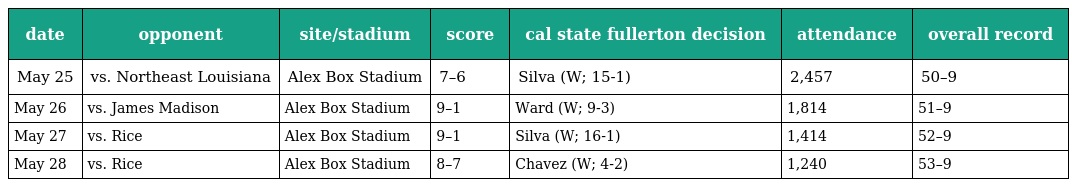
| date | opponent | site/stadium | score | cal state fullerton decision | attendance | overall record |
 | --- | --- | --- | --- | --- | --- | --- |
 | May 25 | vs. Northeast Louisiana | Alex Box Stadium | 7–6 | Silva (W; 15-1) | 2,457 | 50–9 |
 | May 26 | vs. James Madison | Alex Box Stadium | 9–1 | Ward (W; 9-3) | 1,814 | 51–9 |
 | May 27 | vs. Rice | Alex Box Stadium | 9–1 | Silva (W; 16-1) | 1,414 | 52–9 |
 | May 28 | vs. Rice | Alex Box Stadium | 8–7 | Chavez (W; 4-2) | 1,240 | 53–9 |